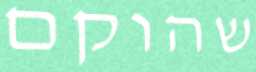
שהוקם